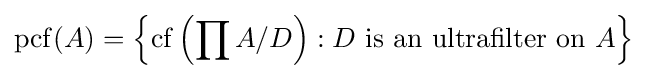
\operatorname {pcf} (A)=\left\{\operatorname {cf} \left(\prod A/D\right):D\,\,{\mbox{is an ultrafilter on}}\,\,A\right\}